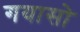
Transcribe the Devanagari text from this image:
गयासो